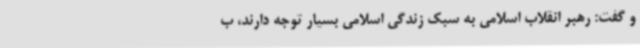
و گفت: رهبر انقلاب اسلامی به سبک زندگی اسلامی بسیار توجه دارند، ب